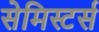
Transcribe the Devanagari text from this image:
सेमिस्टर्स